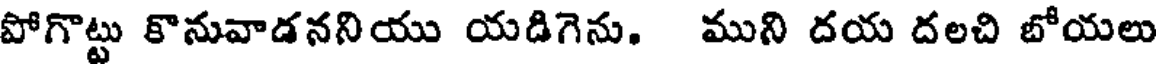
పోగొట్టు కొనువాడననియు యడిగెను. ముని దయ దలచి బోయలు